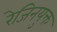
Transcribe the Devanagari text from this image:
रेजिनयुक्त